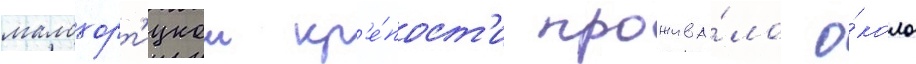
малохорт'ицкои кр'е́пост'и прожива́ло о́коло